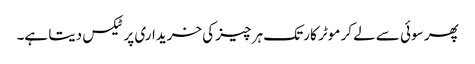
پھر سوئی سے لے کر موٹر کار تک ہر چیز کی خریداری پر ٹیکس دیتا ہے۔